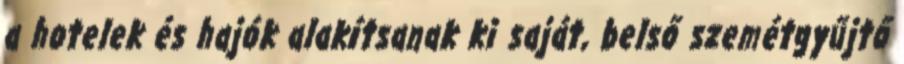
a hotelek és hajók alakítsanak ki saját, belső szemétgyűjtő